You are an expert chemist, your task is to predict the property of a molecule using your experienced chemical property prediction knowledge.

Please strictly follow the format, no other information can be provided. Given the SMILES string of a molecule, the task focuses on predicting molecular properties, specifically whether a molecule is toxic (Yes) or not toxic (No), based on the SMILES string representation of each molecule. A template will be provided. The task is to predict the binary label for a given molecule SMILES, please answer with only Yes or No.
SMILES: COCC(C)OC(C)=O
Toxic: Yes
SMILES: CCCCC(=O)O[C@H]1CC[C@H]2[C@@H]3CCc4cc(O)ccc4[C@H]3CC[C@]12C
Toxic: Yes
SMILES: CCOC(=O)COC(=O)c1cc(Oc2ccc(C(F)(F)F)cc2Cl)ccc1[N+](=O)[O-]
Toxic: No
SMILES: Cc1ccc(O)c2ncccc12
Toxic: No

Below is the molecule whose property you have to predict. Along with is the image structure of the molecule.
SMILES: CC(C)(C)NCC(O)CSc1nc(-c2ccc(C(N)=O)s2)cs1
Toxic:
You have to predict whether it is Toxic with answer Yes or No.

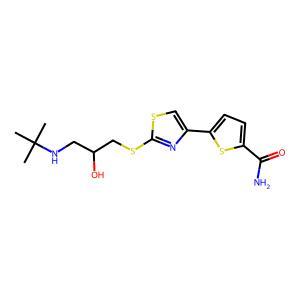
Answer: No